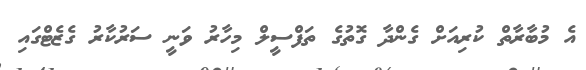
އެ މުބާރާތް ކުރިއަށް ގެންދާ ގޮތުގެ ތަފްސީލް މިހާރު ވަނީ ސަރުކާރު ގެޒެޓްގައި